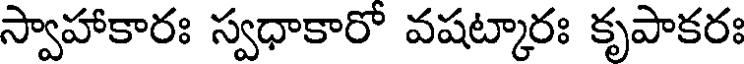
స్వాహాకారః స్వధాకారో వషట్కారః కృపాకరః